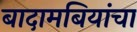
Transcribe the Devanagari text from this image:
बादामबियांचा